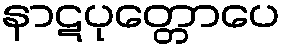
နာဋပုတ္တောပေ